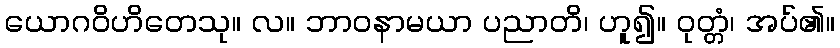
ယောဂဝိဟိတေသု။ လ။ ဘာဝနာမယာ ပညာတိ၊ ဟူ၍။ ဝုတ္တံ၊ အပ်၏။